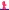
Text: 8